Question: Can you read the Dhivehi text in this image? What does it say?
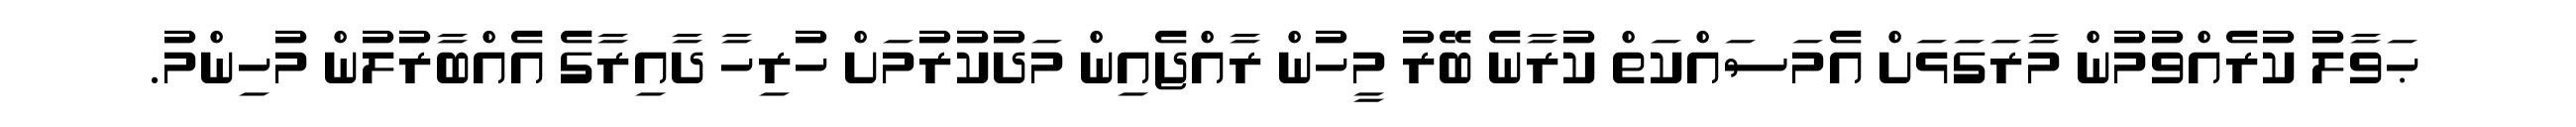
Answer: ޙަވާލު ކުރެއްވުމުން މާރަގަޅަށް އެމަސައްކަތް ކުރާނެ ބޭރު މީހުން ރާއްޖެއިން މަދުކުރުމަށް ހުރިހާ ދާއިރާގެ އެއްބާރުލުން މުހިންމު.